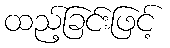
ထည့်ခြင်းဖြင့်